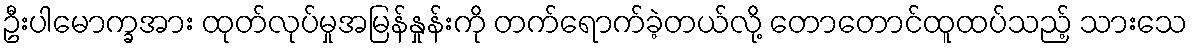
ဦးပါမောက္ခအား ထုတ်လုပ်မှုအမြန်နှုန်းကို တက်ရောက်ခဲ့တယ်လို့ တောတောင်ထူထပ်သည့် သားသေ